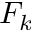
F _ { k }